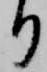
り